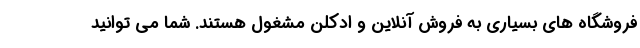
فروشگاه های بسیاری به فروش آنلاین و ادکلن مشغول هستند. شما می توانید